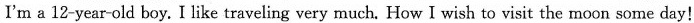
I'm a 12-year-old boy. I like traveling very much. How I wish to visit the moon some day！